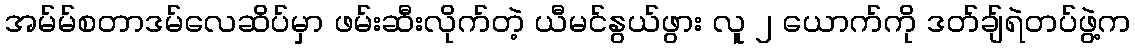
အမ်မ်စတာဒမ်လေဆိပ်မှာ ဖမ်းဆီးလိုက်တဲ့ ယီမင်နွယ်ဖွား လူ ၂ ယောက်ကို ဒတ်ချ်ရဲတပ်ဖွဲ့က